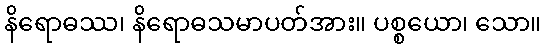
နိရောဓဿ၊ နိရောဓသမာပတ်အား။ ပစ္စယော၊ သော။